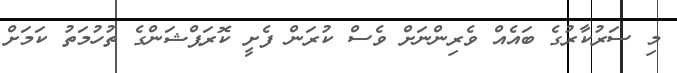
މި ސަރުކާރުގެ ބައެއް ވެރިންނަށް ވެސް ކުރަން ފެށީ ކޮރަޕްޝަންގެ ތުހުމަތު ކަމަށް